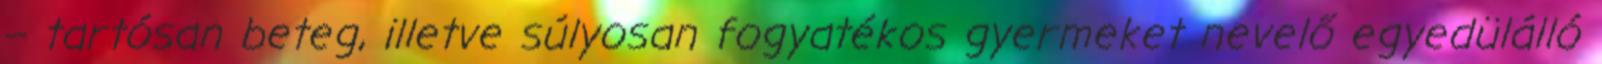
– tartósan beteg, illetve súlyosan fogyatékos gyermeket nevelő egyedülálló